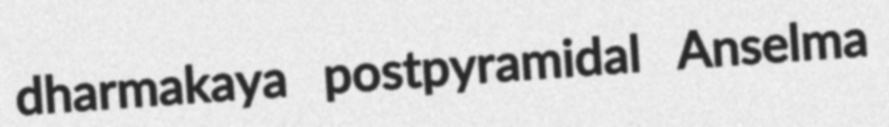
dharmakaya postpyramidal Anselma